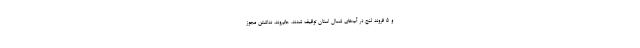
و ۵ فروند لنج در آب‌های شمال استان توقیف شدند. حاتم‌وند، نداشتن مجوز